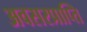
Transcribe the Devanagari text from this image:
अवसरप्राप्ति